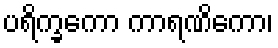
ပရိက္ခကော ကာရဏိကော၊